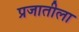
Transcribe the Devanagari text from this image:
प्रजातीला